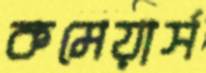
কমেয়ার্স